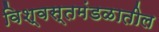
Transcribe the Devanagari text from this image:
विश्वस्तमंडळातील